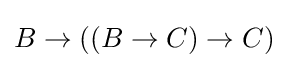
B\to ((B\to C)\to C)